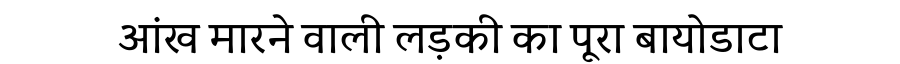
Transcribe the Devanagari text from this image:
आंख मारने वाली लड़की का पूरा बायोडाटा